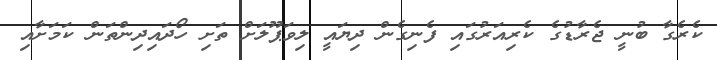
ކެރެގާ ބުނީ ޖެރާޑުގެ ކެރިއަރުގައި ފެނިގެން ދިޔައީ ލިވަޕޫލަށް ތަށި ހޯދައިދިންތަން ކަމަށާއި